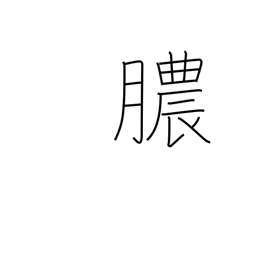
Meaning: discharge